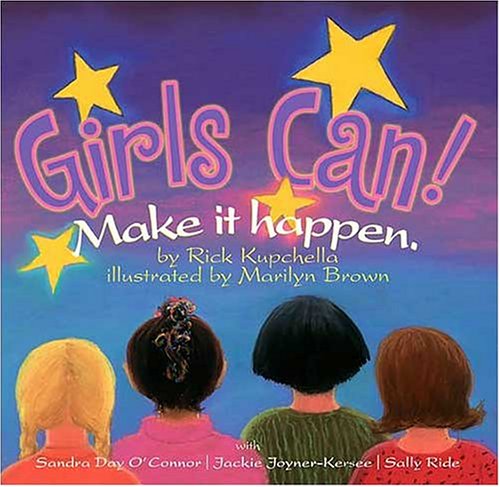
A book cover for Girls Can!: Make It Happen.; Rick Kupchella; Children's Books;